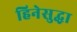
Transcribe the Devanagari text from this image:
हिनेसुद्धा